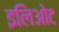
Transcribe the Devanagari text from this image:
इलिओट